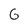
Character: G